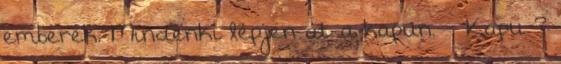
emberek. Mindenki lépjen át a kapun. - Kapu ?